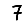
Digit: 7